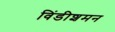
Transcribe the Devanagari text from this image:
विंडीशमन